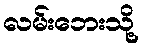
လမ်းဘေးသို့